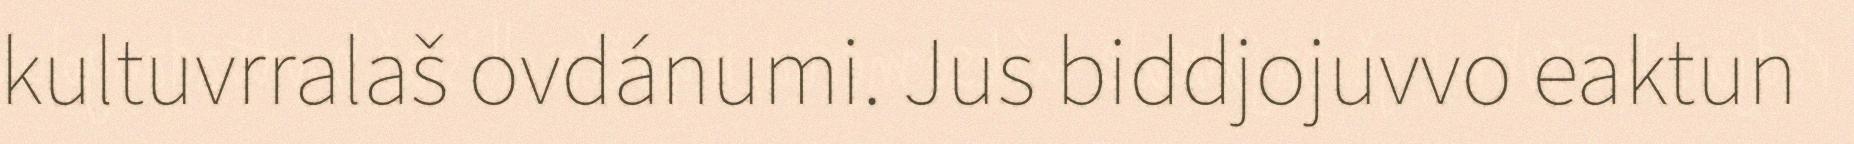
kultuvrralaš ovdánumi. Jus biddjojuvvo eaktun